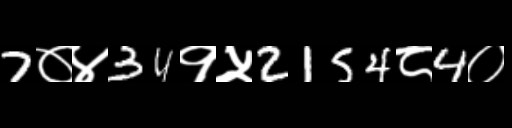
Text: 7०४34१५2154८4०